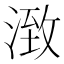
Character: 㴛